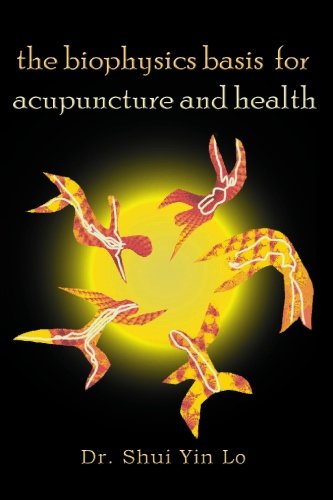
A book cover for The Biophysics Basis for Acupuncture and Health; Shui Yin Lo; Science & Math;